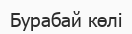
Бурабай көлі